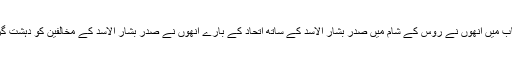
’ایم آئی 6 کے سربراہ کے طور پر اپنے پہلے خطاب میں انھوں نے روس کے شام میں صدر بشار الاسد کے ساتھ اتحاد کے بارے انھوں نے صدر بشار الاسد کے مخالفین کو دہشت گرد سمجھنے کے اثرات کے بارے میں خبردار کیا۔